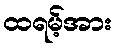
ထရမ့်အား